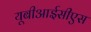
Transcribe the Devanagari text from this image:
यूबीआईसीएस